Rangoon Lunatic Asylum 1878-1892 - 1878-1892
Year: 1878
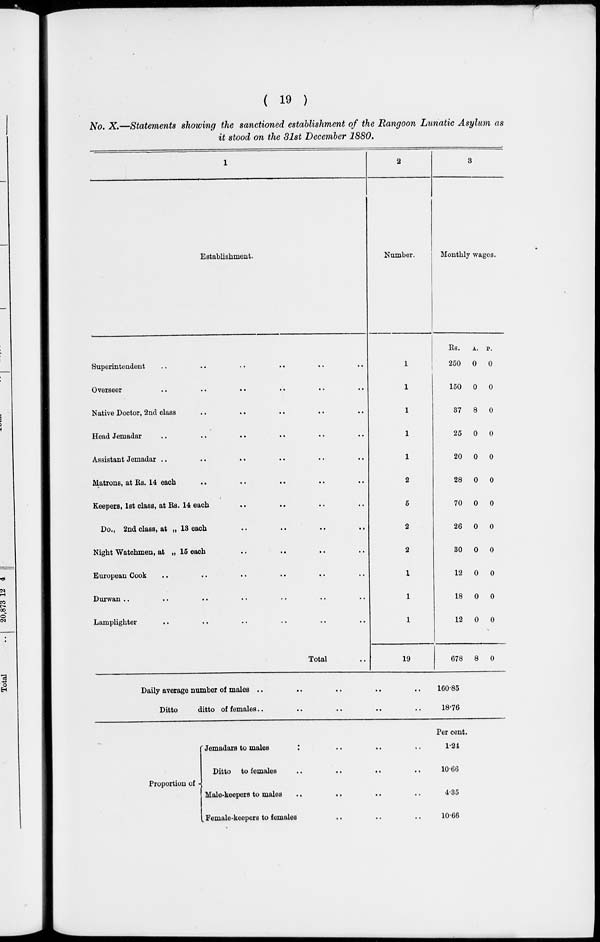
( 19 )
No. X.—Statements showing the sanctioned establishment of the Rangoon Lunatic Asylum as
it stood on the 31st December 1880.
1
Establishment.
Superintendent .. .. .. .. .. ..
Overseer .. .. .. .. .. ..
Native Doctor, 2nd class .. .. .. .. ..
Head Jemadar .. .. .. .. .. ..
Assistant Jemadar .. .. .. .. .. ..
Matrons, at Rs. 14 each .. .. .. ..
Keepers, 1st class, at Rs. 14 each .. .. .. ..
Do., 2nd class, at „ 13 each .. .. .. ..
Night Watchmen, at „ 15 each .. .. .. ..
European Cook .. .. .. .. .. ..
Durwan .. .. .. .. .. ..
Lamplighter .. .. .. .. .. ..
Total ..
2
Number.
1
1
1
1
1
2
5
2
2
1
1
1
19
Daily average number of males
..
..
..
..
..
Ditto
ditto of females
.. .. .. .. ..
3
Monthly wages.
Rs.
250
150
37
25
20
28
70
26
30
12
18
12
678
A.
0
0
8
0
0
0
0
0
0
0
0
0
8
P.
0
0
0
0
0
0
0
0
0
0
0
0
0
160.85
18.76
Proportion of
Jemadars to males .. .. .. ..
Ditto to females .. .. .. ..
Male-keepers to males .. .. .. ..
Female-keepers to females .. .. ..
Per cent.
1.24
10.66
4.35
10.66